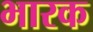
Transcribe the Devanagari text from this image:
भारक